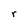
Character: r